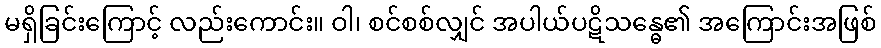
မရှိခြင်းကြောင့် လည်းကောင်း။ ဝါ၊ စင်စစ်လျှင် အပါယ်ပဋိသန္ဓေ၏ အကြောင်းအဖြစ်